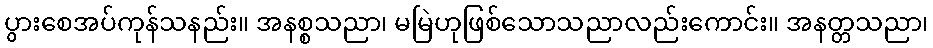
ပွားစေအပ်ကုန်သနည်း။ အနစ္စသညာ၊ မမြဲဟုဖြစ်သောသညာလည်းကောင်း။ အနတ္တသညာ၊